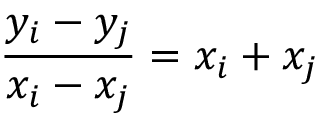
{ \frac { y _ { i } - y _ { j } } { x _ { i } - x _ { j } } } = x _ { i } + x _ { j }